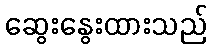
ဆွေးနွေးထားသည်